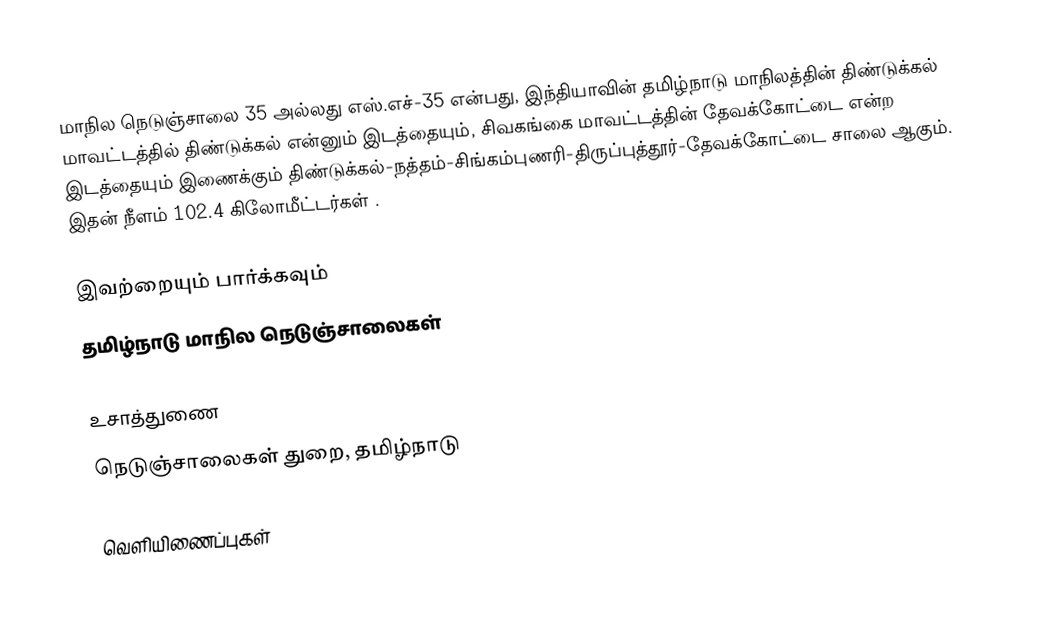
மாநில நெடுஞ்சாலை 35 அல்லது எஸ்.எச்-35 என்பது, இந்தியாவின் தமிழ்நாடு மாநிலத்தின் திண்டுக்கல் மாவட்டத்தில் திண்டுக்கல் என்னும் இடத்தையும், சிவகங்கை மாவட்டத்தின் தேவக்கோட்டை என்ற இடத்தையும் இணைக்கும் திண்டுக்கல்-நத்தம்-சிங்கம்புணரி-திருப்புத்தூர்-தேவக்கோட்டை  சாலை ஆகும். இதன் நீளம் 102.4  கிலோமீட்டர்கள் .

இவற்றையும் பார்க்கவும்
 தமிழ்நாடு மாநில நெடுஞ்சாலைகள்

உசாத்துணை
 நெடுஞ்சாலைகள் துறை, தமிழ்நாடு

வெளியிணைப்புகள்